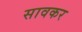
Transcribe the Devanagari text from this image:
सावकर